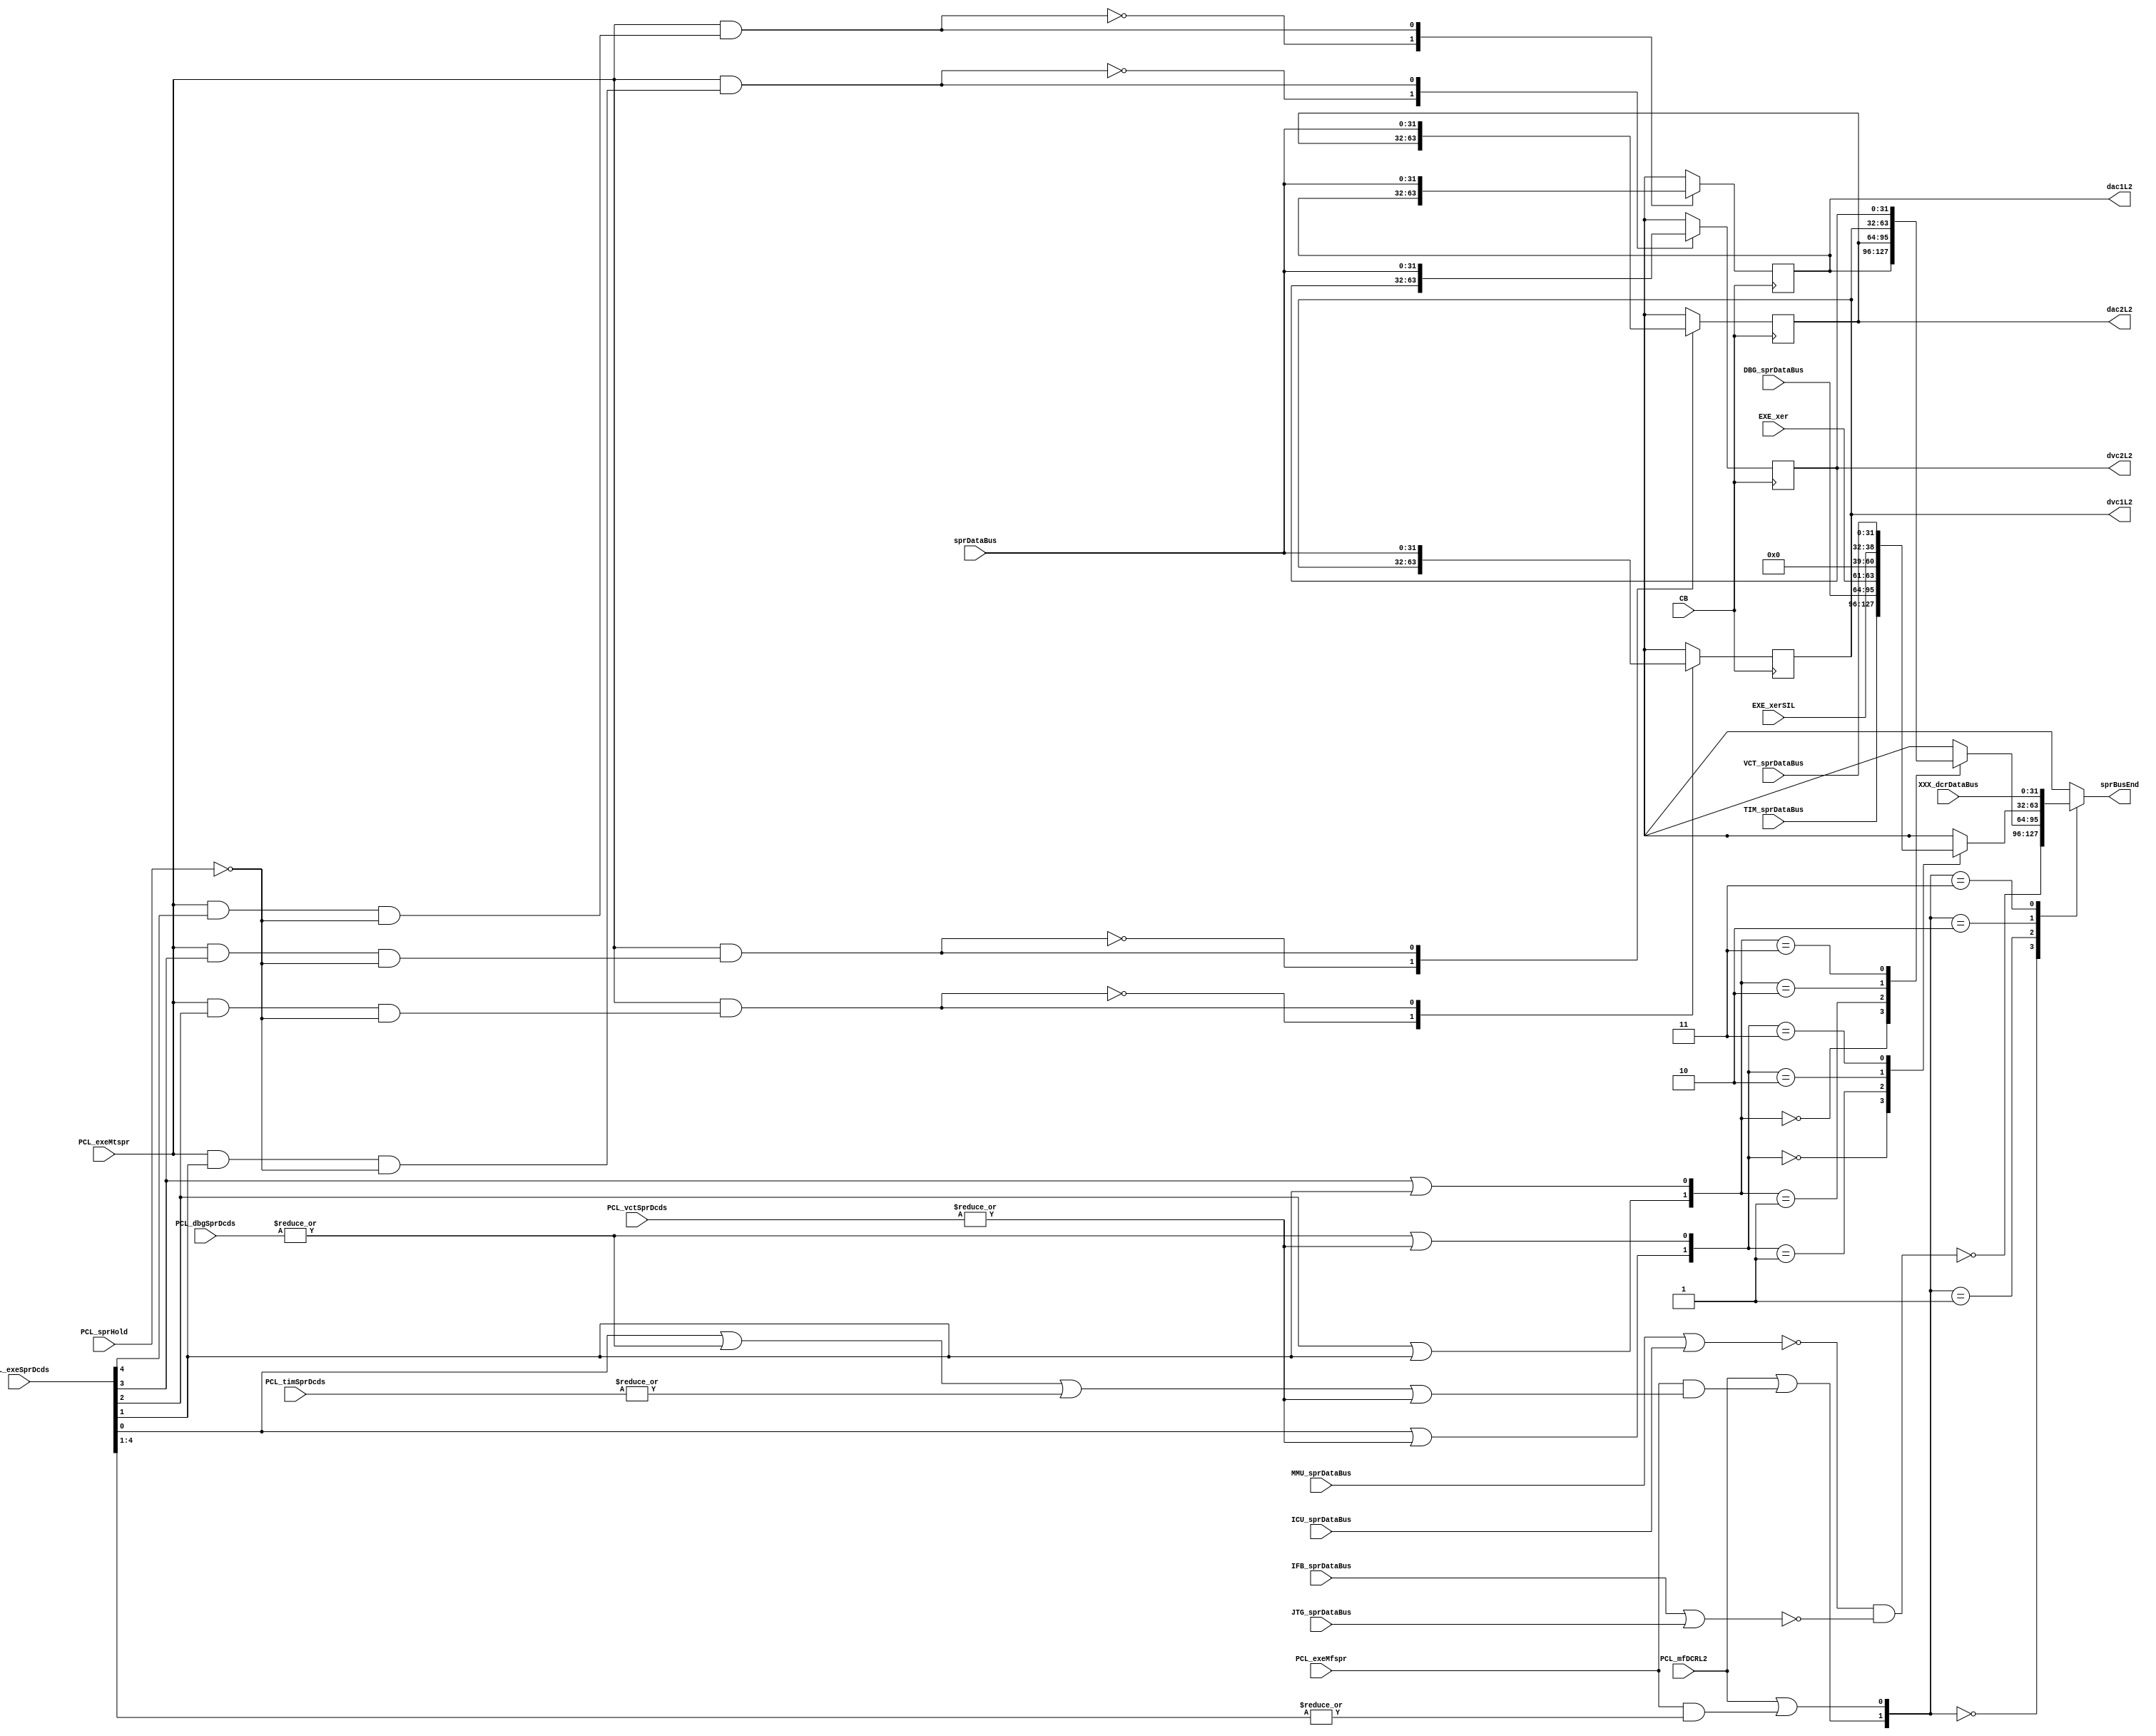
// 
// ************************************************************************** 
// 
//  Copyright (c) International Business Machines Corporation, 2005. 
// 
//  This file contains trade secrets and other proprietary and confidential 
//  information of International Business Machines Corporation which are 
//  protected by copyright and other intellectual property rights and shall 
//  not be reproduced, transferred to other documents, disclosed to others, 
//  or used for any purpose except as specifically authorized in writing by 
//  International Business Machines Corporation. This notice must be 
//  contained as part of this text at all times. 
// 
// ************************************************************************** 
//
// Changes :
//          Date        By Whom       Description
//       ~~~~~~~~~~    ~~~~~~~~~      ~~~~~~~~~~~
//-----------------------------------------------------------------------------------
//          
//        07/13/01        JBB         Widened PCL_vctSprDcds bus for MCSR and MCSRS
//-----------------------------------------------------------------------------------
//        10/05/01        JBB         Added another bit to PCL_vctSprDcds bus for CCR1 
//                                    (defect 1935)
//----------------------------------------------------------------------------------- 
//        10/11/01        JBB         Removed the PCL_vctSprDcds bit added for the above
//                                    defect (defect 1955)
//-----------------------------------------------------------------------------------
//        10/17/01        JBB         Removed the PCL_vctSprDcds bit originally added
//                                    for MCSRS (defect 1971)
//-----------------------------------------------------------------------------------

//***********************************************************************************

module p405s_sprMux_top (sprBusEnd, DBG_sprDataBus, EXE_xer,
           EXE_xerSIL, IFB_sprDataBus, JTG_sprDataBus, PCL_mfDCRL2,
           PCL_exeMfspr, TIM_sprDataBus, VCT_sprDataBus, XXX_dcrDataBus,
           ICU_sprDataBus, MMU_sprDataBus, sprDataBus,
           PCL_sprHold, CB, dac1L2, dac2L2, PCL_exeMtspr, 
           dvc1L2, dvc2L2, PCL_timSprDcds, PCL_dbgSprDcds, PCL_exeSprDcds,
           PCL_vctSprDcds);
    output [0:31] sprBusEnd;
    output [0:31] dac1L2;
    output [0:31] dac2L2;
    output [0:31] dvc1L2;
    output [0:31] dvc2L2;
    input PCL_mfDCRL2;
    input PCL_exeMfspr;
    input [0:5] PCL_timSprDcds;
    input [0:3] PCL_dbgSprDcds;
    input [0:4] PCL_exeSprDcds;

//  input [0:4] PCL_vctSprDcds;                                    
//  input [0:7] PCL_vctSprDcds;       // MCSR, MCSRS, and another bit for CCR1
//  input [0:6] PCL_vctSprDcds;       // Two extra bits for MCSR and MCSRS
    input [0:5] PCL_vctSprDcds;       // Removed the bit for MCSRS
    
    input [0:2] EXE_xer;
    input [0:6] EXE_xerSIL;
    input [0:31] IFB_sprDataBus;
    input [0:31] JTG_sprDataBus;
    input [0:31] DBG_sprDataBus;
    input [0:31] TIM_sprDataBus;
    input [0:31] VCT_sprDataBus;
    input [0:31] XXX_dcrDataBus;
    input [0:31] ICU_sprDataBus;
    input [0:31] MMU_sprDataBus;
    input [0:31] sprDataBus;
    input PCL_sprHold;
    input PCL_exeMtspr;
    //input [0:4] CB;
    input CB;

    wire dbgRegsDcd, timRegsDcd, vctRegsDcd, dacDvcRegsDcd, xerDcd;
    wire [0:1] sprGrpMuxSel, sprTopMuxSel, sprDacDvcMuxSel;
    wire [0:31] sprIfbMmuJtgIcu, sprMmuIcu, sprIfbJtg;

reg [0:31] sprDacDvcOut;
reg [0:31] sprGprOut;
reg [0:31] sprBusEnd;
reg [0:31] dac1L2_i;
wire [0:31] dac1L2;
reg [0:31] dac2L2_i;
wire [0:31] dac2L2;
reg [0:31] dvc1L2_i;
wire [0:31] dvc1L2;
reg [0:31] dvc2L2_i;
wire [0:31] dvc2L2;

// fixed point xer.
assign xerDcd = PCL_exeSprDcds[4];

assign dbgRegsDcd = |(PCL_dbgSprDcds[0:3]);

assign timRegsDcd = |(PCL_timSprDcds[0:5]);

//assign vctRegsDcd =  |(PCL_vctSprDcds[0:4]);
//assign vctRegsDcd =  |(PCL_vctSprDcds[0:7]);
//assign vctRegsDcd =  |(PCL_vctSprDcds[0:6]);
assign vctRegsDcd =  |(PCL_vctSprDcds[0:5]);

assign dacDvcRegsDcd = |(PCL_exeSprDcds[0:3]);

// sprDacDvcMuxSel[0:1]
// 00 -  dac1
// 01 -  dac2
// 10 -  dvc1
// 11 -  dvc2
assign sprDacDvcMuxSel[0] = PCL_exeSprDcds[2] | PCL_exeSprDcds[3];
assign sprDacDvcMuxSel[1] = PCL_exeSprDcds[1] | PCL_exeSprDcds[3];

// sprGrpMuxSel[0:1]
// 00 -  TIM SPR BUS
// 01 -  DBG SPR BUS
// 10 -  XER REG
// 11 -  VCT SPR BUS
assign sprGrpMuxSel[0] = xerDcd | vctRegsDcd;
assign sprGrpMuxSel[1] = dbgRegsDcd | vctRegsDcd;

// sprTopMuxSel[0:1]
// 00 -  sprIfbMmuJtgIcu SPR BUS
// 01 -  DacDvc SPR MUX
// 10 -  sprGprOut SPR BUS
// 11 -  XXX SPR BUS
assign sprTopMuxSel[0] = PCL_mfDCRL2 |
                         (PCL_exeMfspr & (xerDcd | dbgRegsDcd | timRegsDcd | vctRegsDcd));
assign sprTopMuxSel[1] = PCL_mfDCRL2 |
                         (PCL_exeMfspr & dacDvcRegsDcd);

//************************************************************************
// DAC DVC MUX
//************************************************************************
//dp_muxEXE_sprDacDvc muxEXE_sprDacDvc(.Z(sprDacDvcOut[0:31]),
//                                 .D0(dac1L2[0:31]),
//                                 .D1(dac2L2[0:31]),
//                                 .D2(dvc1L2[0:31]),
//                                 .D3(dvc2L2[0:31]),
//                                 .SD(sprDacDvcMuxSel[0:1]));
// Removed the module 'dp_muxEXE_sprDacDvc'
assign dac1L2 = dac1L2_i;
assign dac2L2 = dac2L2_i;
assign dvc1L2 = dvc1L2_i;
assign dvc2L2 = dvc2L2_i;
always @(dac1L2_i or dac2L2_i or dvc1L2_i or dvc2L2_i or sprDacDvcMuxSel)
    begin                                           
    case(sprDacDvcMuxSel[0:1])                     
     2'b00: sprDacDvcOut[0:31] = dac1L2_i[0:31];
     2'b01: sprDacDvcOut[0:31] = dac2L2_i[0:31];    
     2'b10: sprDacDvcOut[0:31] = dvc1L2_i[0:31];    
     2'b11: sprDacDvcOut[0:31] = dvc2L2_i[0:31];    
      default: sprDacDvcOut[0:31] = 32'bx;   
    endcase                                    
   end 

//************************************************************************
// SPR GRP MUX
//************************************************************************
//dp_muxEXE_sprGrp   muxEXE_sprGrp(.Z(sprGprOut[0:31]),
//                                 .D0(TIM_sprDataBus[0:31]),
//                                 .D1(DBG_sprDataBus[0:31]),
//                                 .D2({EXE_xer[0:2],{22{1'b0}},EXE_xerSIL[0:6]}),
//                                 .D3(VCT_sprDataBus[0:31]),
//                                 .SD(sprGrpMuxSel[0:1]));
// Removed the module 'dp_muxEXE_sprGrp'
always @(sprGrpMuxSel or TIM_sprDataBus or DBG_sprDataBus or EXE_xer or EXE_xerSIL or VCT_sprDataBus)
    begin                                           
    case(sprGrpMuxSel[0:1])                     
     2'b00: sprGprOut[0:31] = TIM_sprDataBus[0:31];
     2'b01: sprGprOut[0:31] = DBG_sprDataBus[0:31];    
     2'b10: sprGprOut[0:31] = {EXE_xer[0:2],{22{1'b0}},EXE_xerSIL[0:6]};    
     2'b11: sprGprOut[0:31] = VCT_sprDataBus[0:31];    
      default: sprGprOut[0:31] = 32'bx;   
    endcase                                    
   end 


//************************************************************************
// SPR TOP MUX
//************************************************************************
//dp_logEXE_sprMmuIcuNOR2   logEXE_sprMmuIcuNOR2(.Z(sprMmuIcu[0:31]),
//                                               .A(MMU_sprDataBus[0:31]),
//                                               .B(ICU_sprDataBus[0:31]));
// Removed the module 'dp_logEXE_sprMmuIcuNOR2'
assign sprMmuIcu[0:31] = ~( MMU_sprDataBus[0:31] | ICU_sprDataBus[0:31] );

//dp_logEXE_sprIfbJtgNOR2   logEXE_sprIfbJtgNOR2(.Z(sprIfbJtg[0:31]),
//                                               .A(IFB_sprDataBus[0:31]),
//                                               .B(JTG_sprDataBus[0:31]));
// Removed the module 'dp_logEXE_sprIfbJtgNOR2'
assign sprIfbJtg[0:31] = ~( IFB_sprDataBus[0:31] | JTG_sprDataBus[0:31] );

//dp_logEXE_sprIfbMmuJtgIcuNAND2   logEXE_sprIfbMmuJtgIcuNAND2(.Z(sprIfbMmuJtgIcu[0:31]),
//                                                             .A(sprMmuIcu[0:31]),
//                                                             .B(sprIfbJtg[0:31]));
// Removed the module 'dp_logEXE_sprIfbMmuJtgIcuNAND2'
assign sprIfbMmuJtgIcu[0:31] = ~( sprMmuIcu[0:31] & sprIfbJtg[0:31] );

//dp_muxEXE_sprTop   muxEXE_sprTop(.Z(sprBusEnd[0:31]),
//                                 .D0(sprIfbMmuJtgIcu[0:31]),
//                                 .D1(sprDacDvcOut[0:31]),
//                                 .D2(sprGprOut[0:31]),
//                                 .D3(XXX_dcrDataBus[0:31]),
//                                 .SD(sprTopMuxSel[0:1]));
// Removed the module 'dp_muxEXE_sprTop'
always @(sprTopMuxSel or sprIfbMmuJtgIcu or sprDacDvcOut or sprGprOut or XXX_dcrDataBus)
    begin                                           
    case(sprTopMuxSel[0:1])                     
     2'b00: sprBusEnd[0:31] = sprIfbMmuJtgIcu[0:31];    
     2'b01: sprBusEnd[0:31] = sprDacDvcOut[0:31];    
     2'b10: sprBusEnd[0:31] = sprGprOut[0:31];    
     2'b11: sprBusEnd[0:31] = XXX_dcrDataBus[0:31];    
      default: sprBusEnd[0:31] = 32'bx;   
    endcase                                    
   end 

wire dac1E2, dac2E2, dvc1E2, dvc2E2;
assign dac1E2 = PCL_exeMtspr & PCL_exeSprDcds[0] & ~PCL_sprHold;
assign dac2E2 = PCL_exeMtspr & PCL_exeSprDcds[1] & ~PCL_sprHold;
assign dvc1E2 = PCL_exeMtspr & PCL_exeSprDcds[2] & ~PCL_sprHold;
assign dvc2E2 = PCL_exeMtspr & PCL_exeSprDcds[3] & ~PCL_sprHold;

//************************************************************************
// DAC1 Latch
//************************************************************************
//dp_regEXE_DAC1   regEXE_DAC1(.E2(dac1E2),
//                             .E1(PCL_exeMtspr),
//                             .D(sprDataBus[0:31]),
//                             .I(SI),
//                             .CB(CB[0:4]),
//                             .L2(dac1L2_i[0:31]),
//                             .SO(dac1SO));
// Removed the module 'dp_regEXE_DAC1'
always @(posedge CB)      
    begin                                       
    casez(PCL_exeMtspr & dac1E2)
     1'b0: dac1L2_i[0:31] <= dac1L2_i[0:31];                
     1'b1: dac1L2_i[0:31] <= sprDataBus[0:31];            
      default: dac1L2_i[0:31] <= 32'bx;  
    endcase                             
   end
//************************************************************************
// DAC2 Latch
//************************************************************************
//dp_regEXE_DAC2   regEXE_DAC2(.E2(dac2E2),
//                             .E1(PCL_exeMtspr),
//                             .D(sprDataBus[0:31]),
//                             .I(dac1SO),
//                             .CB(CB[0:4]),
//                             .L2(dac2L2_i[0:31]),
//                             .SO(dac2SO));
// Removed the module 'dp_regEXE_DAC2'
always @(posedge CB)      
    begin                                       
    casez(PCL_exeMtspr & dac2E2)
     1'b0: dac2L2_i[0:31] <= dac2L2_i[0:31];                
     1'b1: dac2L2_i[0:31] <= sprDataBus[0:31]; 
      default: dac2L2_i[0:31] <= 32'bx;  
    endcase                             
   end 
//************************************************************************
// DVC1 Latch
//************************************************************************
//dp_regEXE_DVC1   regEXE_DVC1(.E2(dvc1E2),
//                             .E1(PCL_exeMtspr),
//                             .D(sprDataBus[0:31]),
//                             .I(dac2SO),
//                             .CB(CB[0:4]),
//                             .L2(dvc1L2_i[0:31]),
//                             .SO(dvc1SO));
// Removed the module 'dp_regEXE_DVC1'
always @(posedge CB)      
    begin                                       
    casez(PCL_exeMtspr & dvc1E2)
     1'b0: dvc1L2_i[0:31] <= dvc1L2_i[0:31];                
     1'b1: dvc1L2_i[0:31] <= sprDataBus[0:31];            
      default: dvc1L2_i[0:31] <= 32'bx;  
    endcase                             
   end
//************************************************************************
// DVC2 Latch
//************************************************************************
//dp_regEXE_DVC2   regEXE_DVC2(.E2(dvc2E2),
//                             .E1(PCL_exeMtspr),
//                             .D(sprDataBus[0:31]),
//                             .I(dvc1SO),
//                             .CB(CB[0:4]),
//                             .L2(dvc2L2_i[0:31]),
//                             .SO(SO));
// Removed the module 'dp_regEXE_DVC2'
always @(posedge CB)      
    begin                                       
    casez(PCL_exeMtspr & dvc2E2)
     1'b0: dvc2L2_i[0:31] <= dvc2L2_i[0:31];                
     1'b1: dvc2L2_i[0:31] <= sprDataBus[0:31];
      default: dvc2L2_i[0:31] <= 32'bx;  
    endcase                             
   end 

endmodule